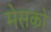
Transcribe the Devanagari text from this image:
मेसको